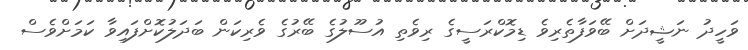
ވަހީދު ނަޝީދަށް ބޭވަފާތެރިވެ ޑިމޮކްރަސީގެ ރިވެތި އުސޫލުގެ ބޭރުގެ ވެރިކަން ބަދަލުކޮށްފައިވާ ކަމަށްވެސް